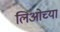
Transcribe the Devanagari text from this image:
लिओच्या